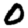
Digit: 0